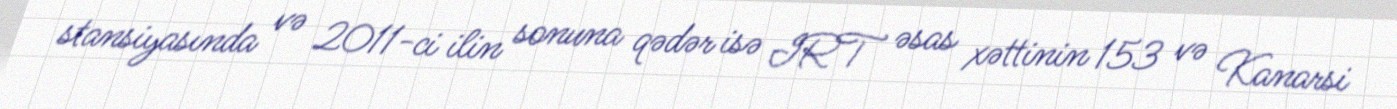
stansiyasında və 2011-ci ilin sonuna qədər isə IRT əsas xəttinin 153 və Kanarsi